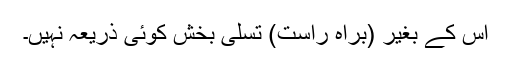
اس کے بغیر (براہِ راست) تسلی بخش کوئی ذریعہ نہیں۔